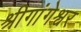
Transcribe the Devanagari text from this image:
श्रीगांगेश्वर